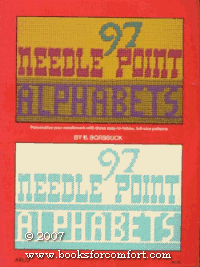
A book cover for Ninety Seven Needlepoint Alphabets; B. Borssuck; Crafts, Hobbies & Home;